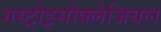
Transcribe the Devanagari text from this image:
गस्ट्रोइसोफ्लेजियल